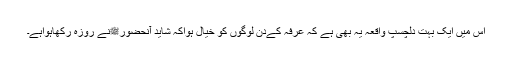
اس میں ایک بہت دلچسپ واقعہ یہ بھی ہے کہ عرفہ کےدن لوگوں کو خیال ہواکہ شاید آنحضورﷺنے روزہ رکھاہواہے۔